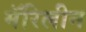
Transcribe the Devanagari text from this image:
मॅरिलीन